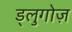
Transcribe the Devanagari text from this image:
ड्लुगोज़